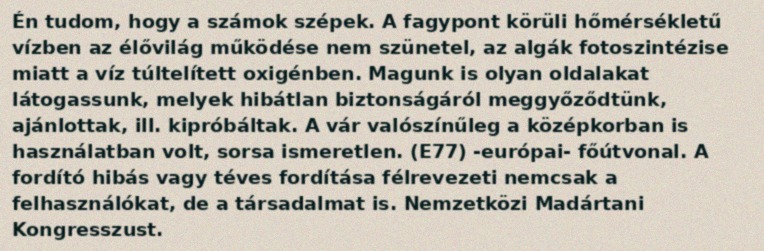
Én tudom, hogy a számok szépek. A fagypont körüli hőmérsékletű vízben az élővilág működése nem szünetel, az algák fotoszintézise miatt a víz túltelített oxigénben. Magunk is olyan oldalakat látogassunk, melyek hibátlan biztonságáról meggyőződtünk, ajánlottak, ill. kipróbáltak. A vár valószínűleg a középkorban is használatban volt, sorsa ismeretlen. (E77) -európai- főútvonal. A fordító hibás vagy téves fordítása félrevezeti nemcsak a felhasználókat, de a társadalmat is. Nemzetközi Madártani Kongresszust.